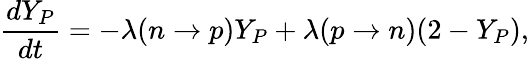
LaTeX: {\frac{dY_{P}}{dt}}=-\lambda(n\to p)Y_{P}+\lambda(p\to n)(2-Y_{P}),